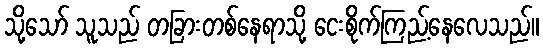
သို့သော် သူသည် တခြားတစ်နေရာသို့ ငေးစိုက်ကြည့်နေလေသည်။